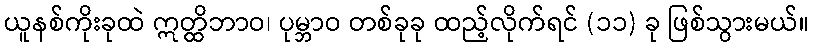
ယူနစ်ကိုးခုထဲ ဣတ္ထိဘာဝ၊ ပုမ္ဘာဝ တစ်ခုခု ထည့်လိုက်ရင် (၁၁) ခု ဖြစ်သွားမယ်။